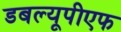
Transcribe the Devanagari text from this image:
डबल्यूपीएफ